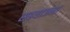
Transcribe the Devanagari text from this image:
सहयाजना